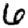
Digit: 6